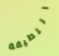
اللطيفة